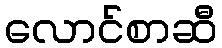
လောင်စာဆီ